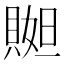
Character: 𧶬